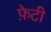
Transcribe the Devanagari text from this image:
फ़ेटी